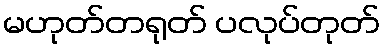
မဟုတ်တရုတ် ပလုပ်တုတ်